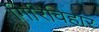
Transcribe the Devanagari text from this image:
गिरिविहार